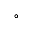
^ { \circ }